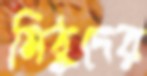
মিঠুদের